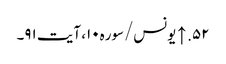
۵۲. ↑ یونس/سوره۱۰، آیت ۹۱۔